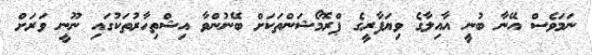
ނަމަވެސް އޭނާ ބުނީ އާއިލާގެ ވިޔަފާރީގެ ޕްރޮމޯޝަންތަކަށް ބޭނުންވާ އިޝްތިހާރުތަކުގައި ނޫނީ ވަރަށް